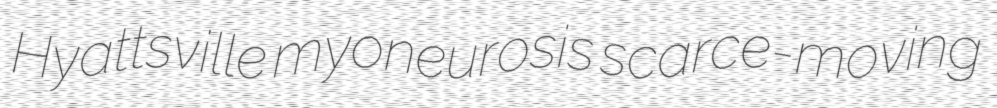
Hyattsville myoneurosis scarce-moving